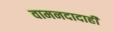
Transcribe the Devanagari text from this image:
वामनदादाही